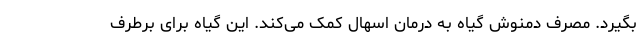
بگیرد. مصرف دمنوش گیاه به درمان اسهال کمک می‌کند. این گیاه برای برطرف